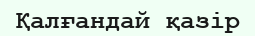
Қалғандай қазір